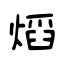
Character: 熖